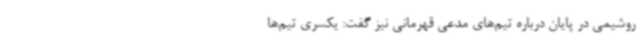
روشیمی در پایان درباره تیم‌های مدعی قهرمانی نیز گفت: یکسری تیم‌ها